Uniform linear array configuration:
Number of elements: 64
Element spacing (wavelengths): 0.75
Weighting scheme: cosine
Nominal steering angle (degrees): -60
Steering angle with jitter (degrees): -60.929
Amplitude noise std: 0.05
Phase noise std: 0.05

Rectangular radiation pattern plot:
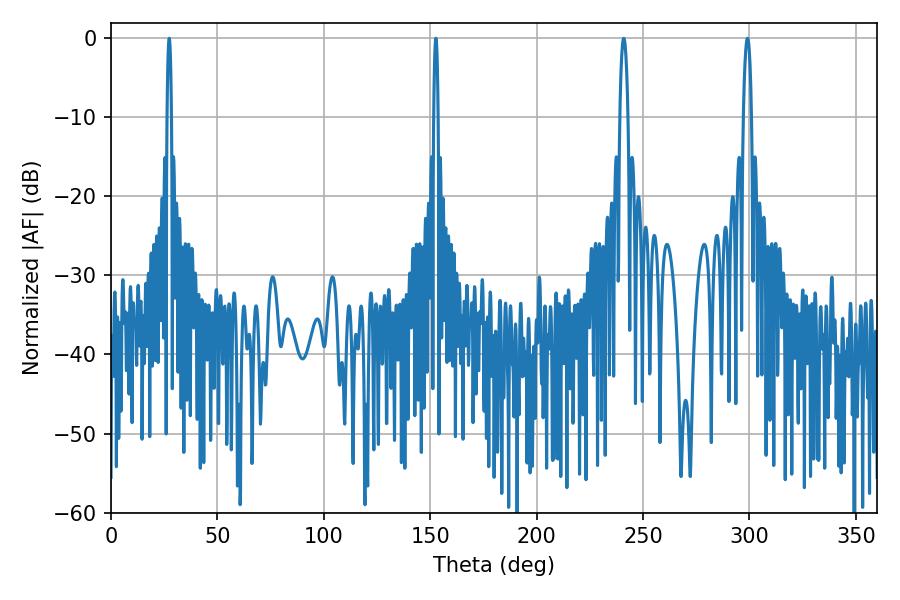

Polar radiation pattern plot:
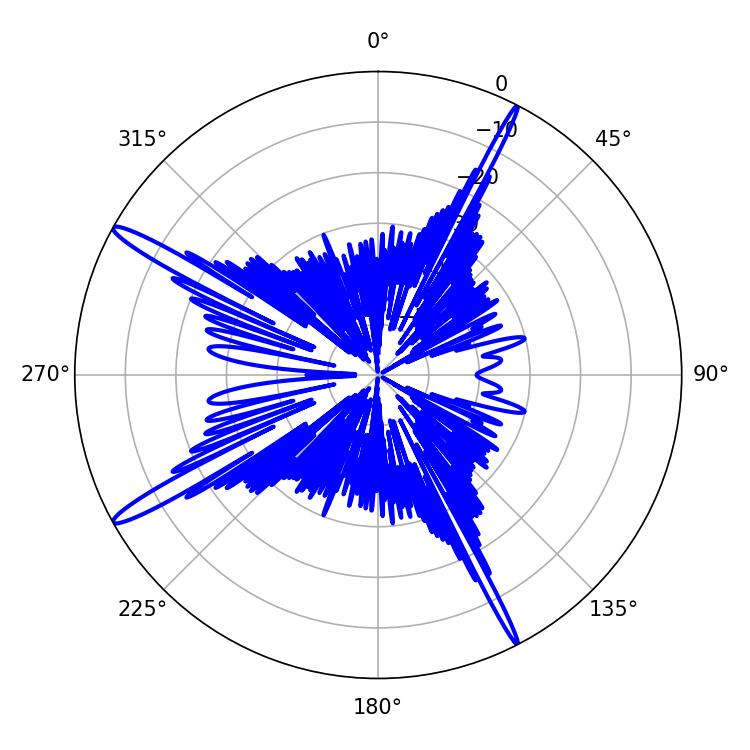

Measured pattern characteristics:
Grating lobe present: TRUE
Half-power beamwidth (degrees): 1.08
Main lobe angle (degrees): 27.36